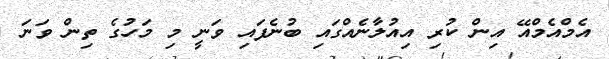
އެމްއެމްއޭ އިން ކުރި އިއުލާނެއްގައި ބުނެފައި ވަނީ މި މަހުގެ ތިން ވަނަ